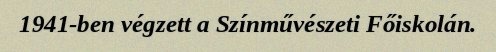
1941-ben végzett a Színművészeti Főiskolán.